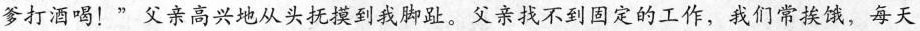
爹打酒喝！”父亲高兴地从头抚摸到我脚趾。父亲找不到固定的工作，我们常挨饿，每天